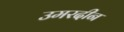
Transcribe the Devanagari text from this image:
उमरदीन